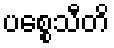
ပစ္စေသီတိ